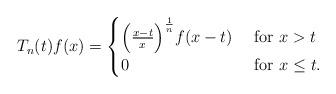
LaTeX: \begin{align*}T_n(t)f(x) = \begin{cases}\Big(\frac{x-t}{x}\Big)^{\frac{1}{n}}f(x-t) & \mbox{ for } x> t\\0 & \mbox{ for } x\leq t.\end{cases}\end{align*}